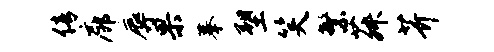
倩廊辱果摹塑笑繁菽芥